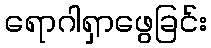
ရောဂါရှာဖွေခြင်း